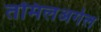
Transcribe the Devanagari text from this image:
तमिलअर्गल